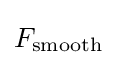
F_{\rm {smooth}}